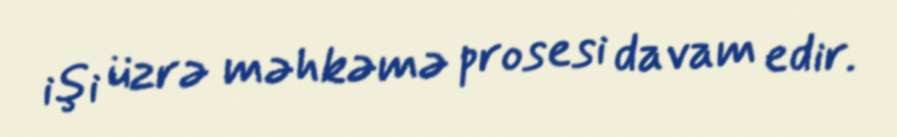
işi üzrə məhkəmə prosesi davam edir.